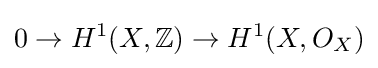
0\to H^{1}(X,\mathbb {Z} )\to H^{1}(X,O_{X})